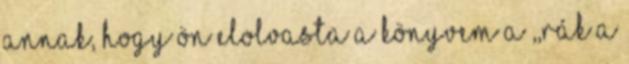
annak, hogy Ön elolvasta a könyvem a ,,Rák a